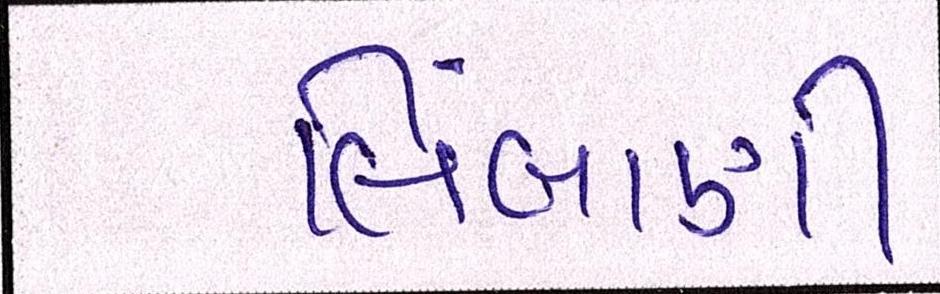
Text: લિંબાણી